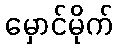
မှောင်မိုက်